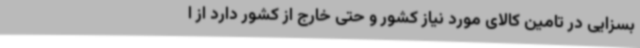
بسزایی در تامین کالای مورد نیاز کشور و حتی خارج از کشور دارد از ا